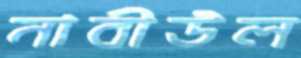
নাবীউল